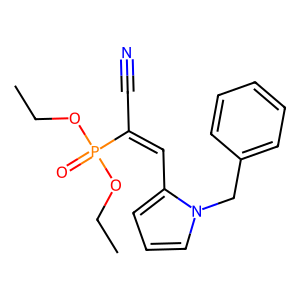
SMILES: CCOP(=O)(OCC)C(C#N)=Cc1cccn1Cc1ccccc1
Inhibits HIV replication: No